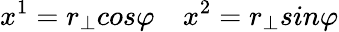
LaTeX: x^{1}=r_{\bot}cos\varphi\quad x^{2}=r_{\bot}sin\varphi